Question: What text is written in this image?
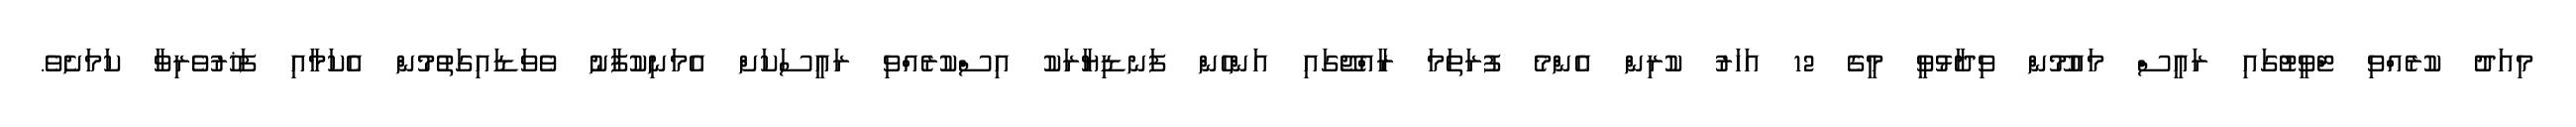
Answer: މިއަދު ކުރެއްވި ޓްވީޓުގައި ރައީސް މައުމޫން ވިދާޅުވީ މީގެ 12 އަހަރު ކުރިން އެންމެ ފުރަތަމަ ރާއްޖޭގައި އަންހެން ފަނޑިޔާރަކު އިސްކުރެއްވި ރައީސަކަށް އެމަނިކުފާނު ވެވަޑައިގަތުމުން އެކަމާއި ފަޚުރުވެރިވާ ކަމަށެވެ.